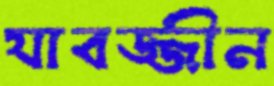
যাবজ্জীন